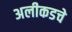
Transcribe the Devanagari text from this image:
अलीकडचे